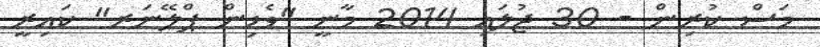
މަސް ކުރިން - 30 ޖުލައި 2014 މާނީ "ވެޑިން ޕްލޭނަރ" ކައިރީ